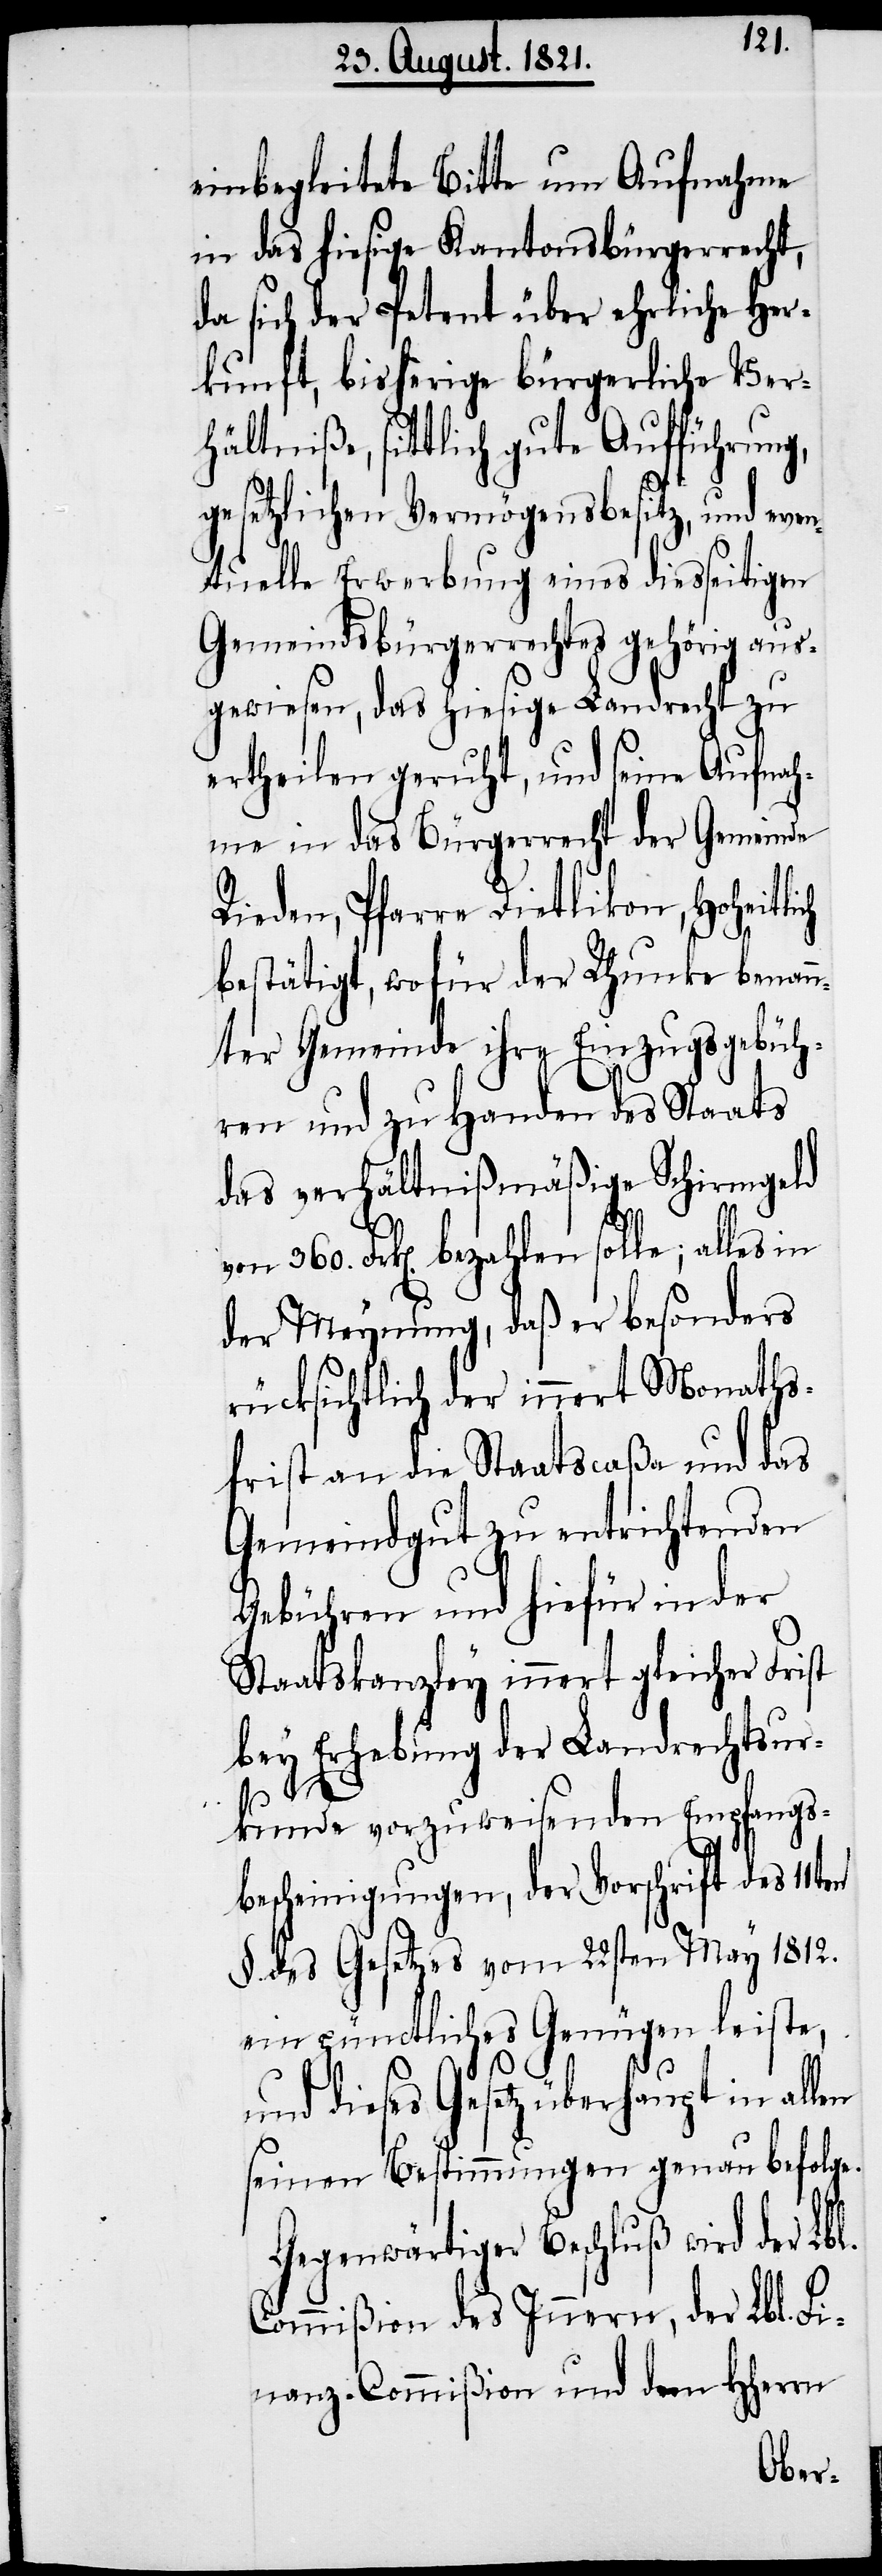
einbegleitete Bitte um Aufnahme
in das hiesige Kantonsbürgerrecht,
da sich der Petent über ehrliche Her¬
kunft, bisherige Bürgerliche Ver¬
hältniße, sittlich gute Aufführung,
gesetzlichen Vermögensbesitz, und even¬
tuelle Erwerbung eines diesseitigen
Gemeindsbürgerrechts gehörig aus¬
gewiesen, das hiesige Landrecht zu
ertheilen geruht, und seine Aufnah¬
me in das Bürgerrecht der Gemeinde
Rieden, Pfarre Dietikon, Hoheitlich
en
bestätigt, wofür der Rhunke benan¬
nter Gemeinde ihre Einzugsgebüh¬
ren und zu Handen des Staates
das verhältnißmäßige Schirmgeld
Frk[en]. bezahlen solle; alles
der Meinung, daß er besonders
rücksichtlich der innert Monaths¬
frist an die Staatscaßa und an
Gemeindgut zu entrichtenden
Gebühren und hiefür in der
Staatskanzley innert gleicher Frist
bey Erhebung der Landrechtsur¬
kunde vorzuweisenden Empfangs¬
bescheinigungen, der Vorschrift des 11ten
§. des Gesetzes vom 22sten May 1812.
ein pünctliches Genügen leiste,
und dieses Gesetz überhaupt in all¬
seinen Bestimmungen genau befolge.
Gegenwärtiger Beschluß wird der Lbl.
Commißion des Innern, der Lbl. Fi¬
nanz-Commißion und dem HHerrn